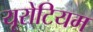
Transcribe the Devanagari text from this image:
यूरोटियम